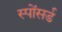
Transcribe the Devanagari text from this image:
स्पोंसर्ड